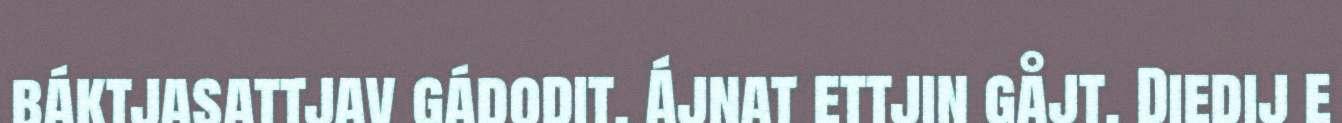
báktjasattjav gádodit. Ájnat ettjin gåjt. Diedij e